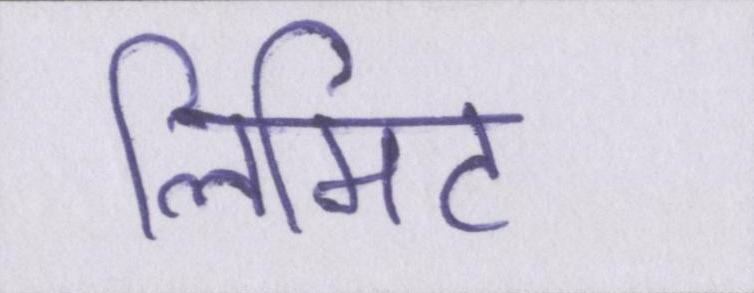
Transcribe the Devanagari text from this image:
लिमिट